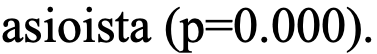
asioista (p=0.000).